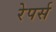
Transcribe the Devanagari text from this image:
रेपर्स